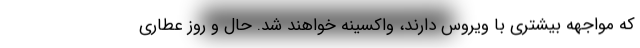
که مواجهه بیشتری با ویروس دارند، واکسینه خواهند شد. حال و روز عطاری